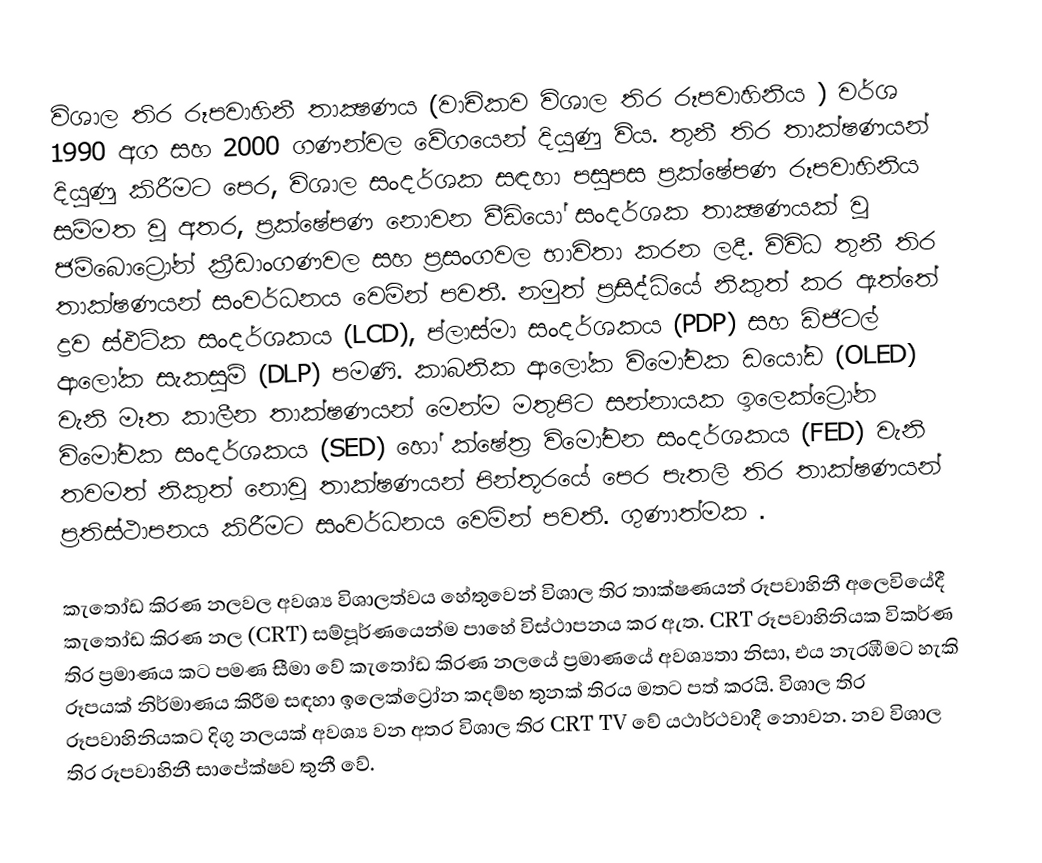
විශාල තිර රූපවාහිනී තාක්‍ෂණය (වාචිකව විශාල තිර රූපවාහිනිය ) වර්ශ 1990 අග සහ 2000 ගණන්වල වේගයෙන් දියුණු විය. තුනී තිර තාක්ෂණයන් දියුණු කිරීමට පෙර, විශාල සංදර්ශක සඳහා පසුපස ප්‍රක්ෂේපණ රූපවාහිනිය සම්මත වූ අතර, ප්‍රක්ෂේපණ නොවන වීඩියෝ සංදර්ශක තාක්‍ෂණයක් වූ ජම්බොට්‍රෝන් ක්‍රීඩාංගණවල සහ ප්‍රසංගවල භාවිතා කරන ලදී. විවිධ තුනී තිර තාක්ෂණයන් සංවර්ධනය වෙමින් පවතී. නමුත් ප්‍රසිද්ධියේ නිකුත් කර ඇත්තේ ද්‍රව ස්ඵටික සංදර්ශකය (LCD), ප්ලාස්මා සංදර්ශකය (PDP) සහ ඩිජිටල් ආලෝක සැකසුම් (DLP) පමණි. කාබනික ආලෝක විමෝචක ඩයෝඩ (OLED) වැනි මෑත කාලීන තාක්ෂණයන් මෙන්ම මතුපිට සන්නායක ඉලෙක්ට්‍රෝන විමෝචක සංදර්ශකය (SED) හෝ ක්ෂේත්‍ර විමෝචන සංදර්ශකය (FED) වැනි තවමත් නිකුත් නොවූ තාක්ෂණයන් පින්තූරයේ පෙර පැතලි තිර තාක්ෂණයන් ප්‍රතිස්ථාපනය කිරීමට සංවර්ධනය වෙමින් පවතී. ගුණාත්මක .

කැතෝඩ කිරණ නලවල අවශ්‍ය විශාලත්වය හේතුවෙන් විශාල තිර තාක්ෂණයන් රූපවාහිනී අලෙවියේදී කැතෝඩ කිරණ නල (CRT) සම්පූර්ණයෙන්ම පාහේ විස්ථාපනය කර ඇත. CRT රූපවාහිනියක විකර්ණ තිර ප්‍රමාණය  කට පමණ සීමා වේ කැතෝඩ කිරණ නලයේ ප්‍රමාණයේ අවශ්‍යතා නිසා, එය නැරඹීමට හැකි රූපයක් නිර්මාණය කිරීම සඳහා ඉලෙක්ට්‍රෝන කදම්භ තුනක් තිරය මතට පත් කරයි. විශාල තිර රූපවාහිනියකට දිගු නලයක් අවශ්‍ය වන අතර විශාල තිර CRT TV  වේ යථාර්ථවාදී නොවන. නව විශාල තිර රූපවාහිනී සාපේක්ෂව තුනී වේ.